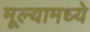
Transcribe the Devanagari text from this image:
मूल्यामध्ये